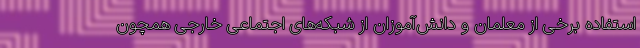
استفاده برخی از معلمان و دانش‌آموزان از شبکه‌های اجتماعی خارجی همچون